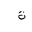
Letter: _ta